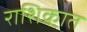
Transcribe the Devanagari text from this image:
राशिकात